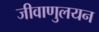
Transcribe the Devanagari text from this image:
जीवाणुलयन